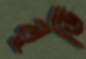
লুডি